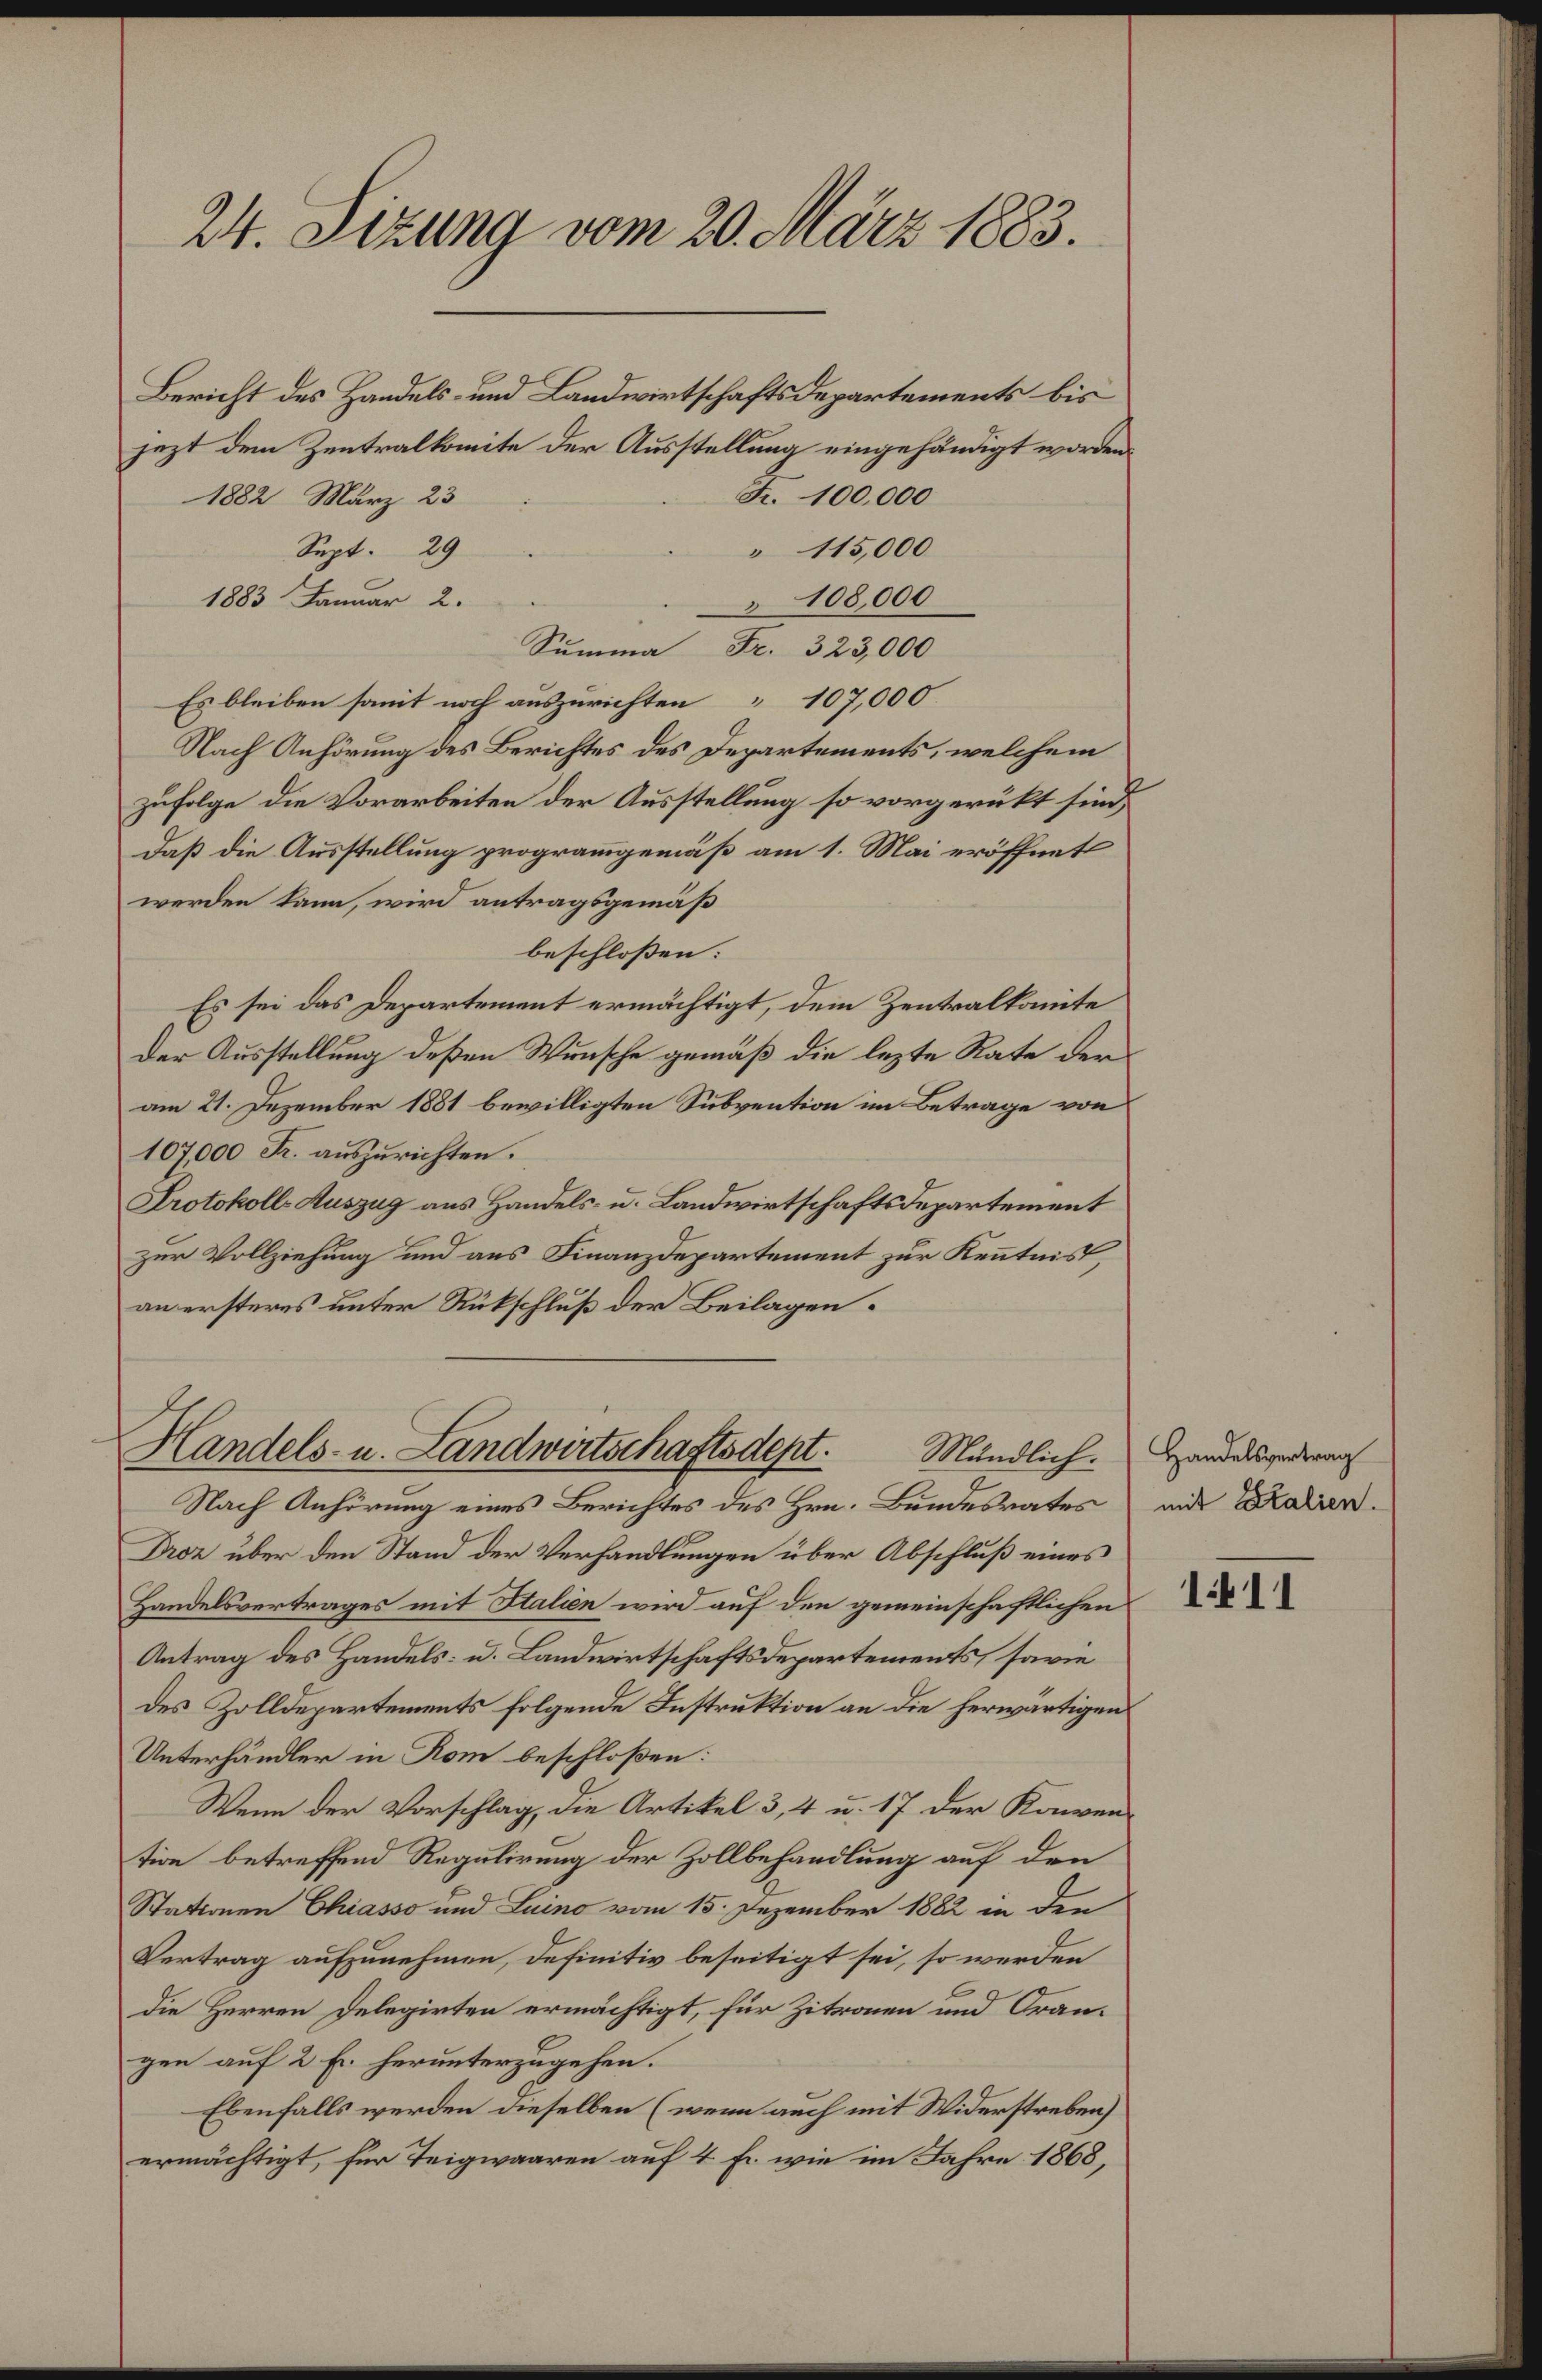
24. Sizung vom 20. März 1883.

Bericht des Handels- und Landwirtschaftsdepartements bis
jezt dem Zentralkomite der Ausstellung eingehändigt worden.
Fr. 100,000
1882 März 23
Sept. 29
" 115,000
108,000
1883 Januar 2.
Summa Fr. 323,000
Es bleiben somit noch auszurichten 107,000
Nach Anhörung des Berichtes des Departements, welchem
zufolge die Vorarbeiten der Ausstellung so vorgerückt sind,
Daß die Ausstellung programmgemäß am 1. Mai eröffnet
werden kann, wird antragsgemäß
beschlossen:
Es sei das Departement ermächtigt, dem Zentralkomite
Der Ausstellung deßen Wunsche gemäß die lezte Rate der
am 21. Dezember 1881 bewilligten Subvention im Betrage von
107,000 Fr. auszurichten.
Protokoll-Auszug aus Handels- u. Landwirtschaftsdepartement
zur Vollziehung und aus Finanzdepartement zur Kenntnis,
an ersteres unter Rückschluß der Beilagen.

Handels- u. Landwirtschaftsdept. Mündlich. Handelsgedenan
Nach Anhörung eines Berichtes des Hrn. Bundesrates und Balin

Droz über den Stand der Verhandlungen über Abschluß eines
Handelsvertrages mit Stalien wird auf den gemeinschaftlichen
Antrag des Handels- u. Landwirtschaftsdepartements, sowie
des Zolldepartements folgende Instruktion an die herwärtigen
Unterhändler in Rom beschloßen:
Wenn der Vorschlag, die Artikel 3, 4 u. 17 der Konvention betreffend Regulirung der Zollbehandlung auf den
Stationen Chiasso und Luino vom 15. Dezember 1882 in den
Vertrag aufzunehmen, definitiv beseitigt sei, so werden
die Herren Delegirten ermächtigt, für Zitronen und Orangen auf 2 Fr. herunterzugehen.
Ebenfalls werden dieselben (wenn auch mit Widerstreben)
ermächtigt, für Teigwaaren auf 4 Fr. wie im Jahre 1868,

111